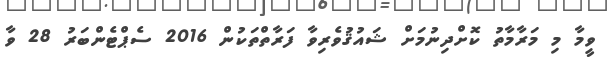
ވީމާ މި މަރާމާތު ކޮށްދިނުމަށް ޝައުޤުވެރިވާ ފަރާތްތަކުން 2016 ސެޕްޓެންބަރު 28 ވާ